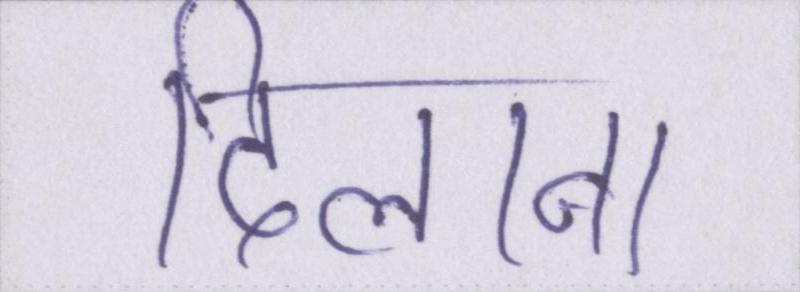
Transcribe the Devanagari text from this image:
दिलाना